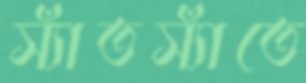
স্যাঁতস্যাঁতে